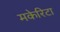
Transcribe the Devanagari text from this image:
मकेरिटा